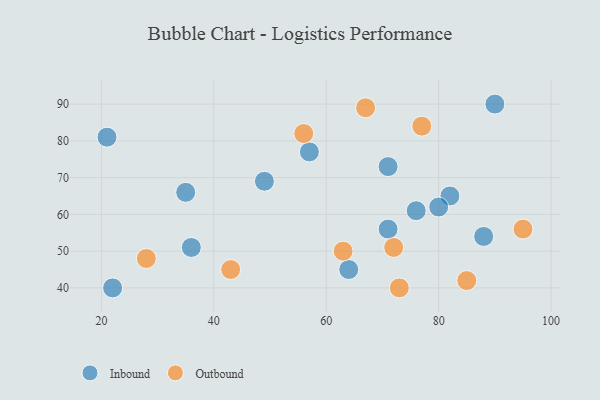
{"axis": {"x": "GDP", "y": "Life Expectancy"}, "legend": ["Inbound", "Outbound"], "data": [{"x": "71", "y": 56, "type": "Inbound"}, {"x": "82", "y": 65, "type": "Inbound"}, {"x": "36", "y": 51, "type": "Inbound"}, {"x": "57", "y": 77, "type": "Inbound"}, {"x": "21", "y": 81, "type": "Inbound"}, {"x": "49", "y": 69, "type": "Inbound"}, {"x": "80", "y": 62, "type": "Inbound"}, {"x": "64", "y": 45, "type": "Inbound"}, {"x": "76", "y": 61, "type": "Inbound"}, {"x": "35", "y": 66, "type": "Inbound"}, {"x": "22", "y": 40, "type": "Inbound"}, {"x": "88", "y": 54, "type": "Inbound"}, {"x": "90", "y": 90, "type": "Inbound"}, {"x": "71", "y": 73, "type": "Inbound"}, {"x": "85", "y": 42, "type": "Outbound"}, {"x": "56", "y": 82, "type": "Outbound"}, {"x": "63", "y": 50, "type": "Outbound"}, {"x": "67", "y": 89, "type": "Outbound"}, {"x": "28", "y": 48, "type": "Outbound"}, {"x": "77", "y": 84, "type": "Outbound"}, {"x": "95", "y": 56, "type": "Outbound"}, {"x": "72", "y": 51, "type": "Outbound"}, {"x": "73", "y": 40, "type": "Outbound"}, {"x": "43", "y": 45, "type": "Outbound"}]}